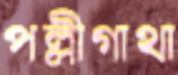
পল্লীগাথা